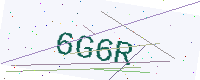
Text: 6G6R